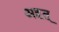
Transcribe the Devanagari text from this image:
अहत्